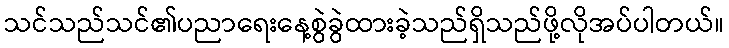
သင်သည်သင်၏ပညာရေးနေ့စွဲခွဲထားခဲ့သည်ရှိသည်ဖို့လိုအပ်ပါတယ်။